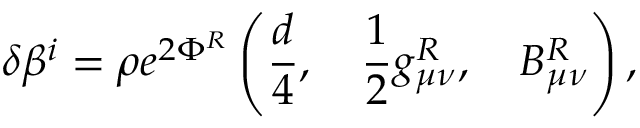
\delta \beta ^ { i } = \rho e ^ { 2 \Phi ^ { R } } \left( \frac { d } { 4 } , \quad \frac { 1 } { 2 } g _ { \mu \nu } ^ { R } , \quad B _ { \mu \nu } ^ { R } \right) , \,